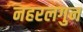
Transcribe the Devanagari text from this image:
नहरलगुन